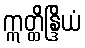
ဣတ္ထိန္ဒြိယံ